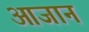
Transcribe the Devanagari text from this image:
आजान